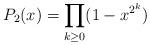
LaTeX: \begin{align*}P_2(x)= \prod_{k\geq 0}(1-x^{2^{k}})\end{align*}